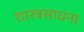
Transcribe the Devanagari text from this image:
शास्त्रसाधना